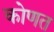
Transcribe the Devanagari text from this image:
कोणत